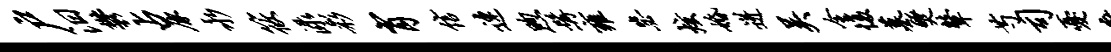
户汨郁占原永筱渌彩肖信连煦髯雍毖炫婚迸吴全愎墓燹鼙芍司忧廑